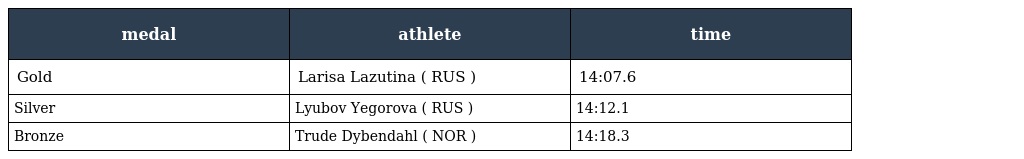
| medal | athlete | time |
 | --- | --- | --- |
 | Gold | Larisa Lazutina ( RUS ) | 14:07.6 |
 | Silver | Lyubov Yegorova ( RUS ) | 14:12.1 |
 | Bronze | Trude Dybendahl ( NOR ) | 14:18.3 |